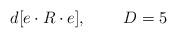
LaTeX: \begin{align*}d[e\cdot R \cdot e], \;\;\;\;\;\;\;\; D=5\end{align*}